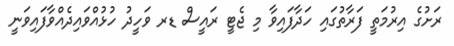
ރަށުގެ އިރުމަތީ ފަރާތުގައި ހަދާފައިވާ މި ޖެޓީ ރައީސް ޑރ ވަހީދު ހުޅުއްވައިދެއްވާފައިވަނީ